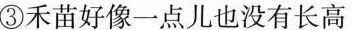
③禾苗好像一点儿也没有长高